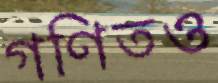
গণিতও